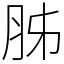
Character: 胏